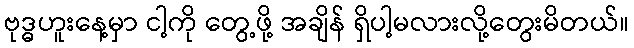
ဗုဒ္ဓဟူးနေ့မှာ ငါ့ကို တွေ့ဖို့ အချိန် ရှိပါ့မလားလို့တွေးမိတယ်။